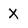
Character: X